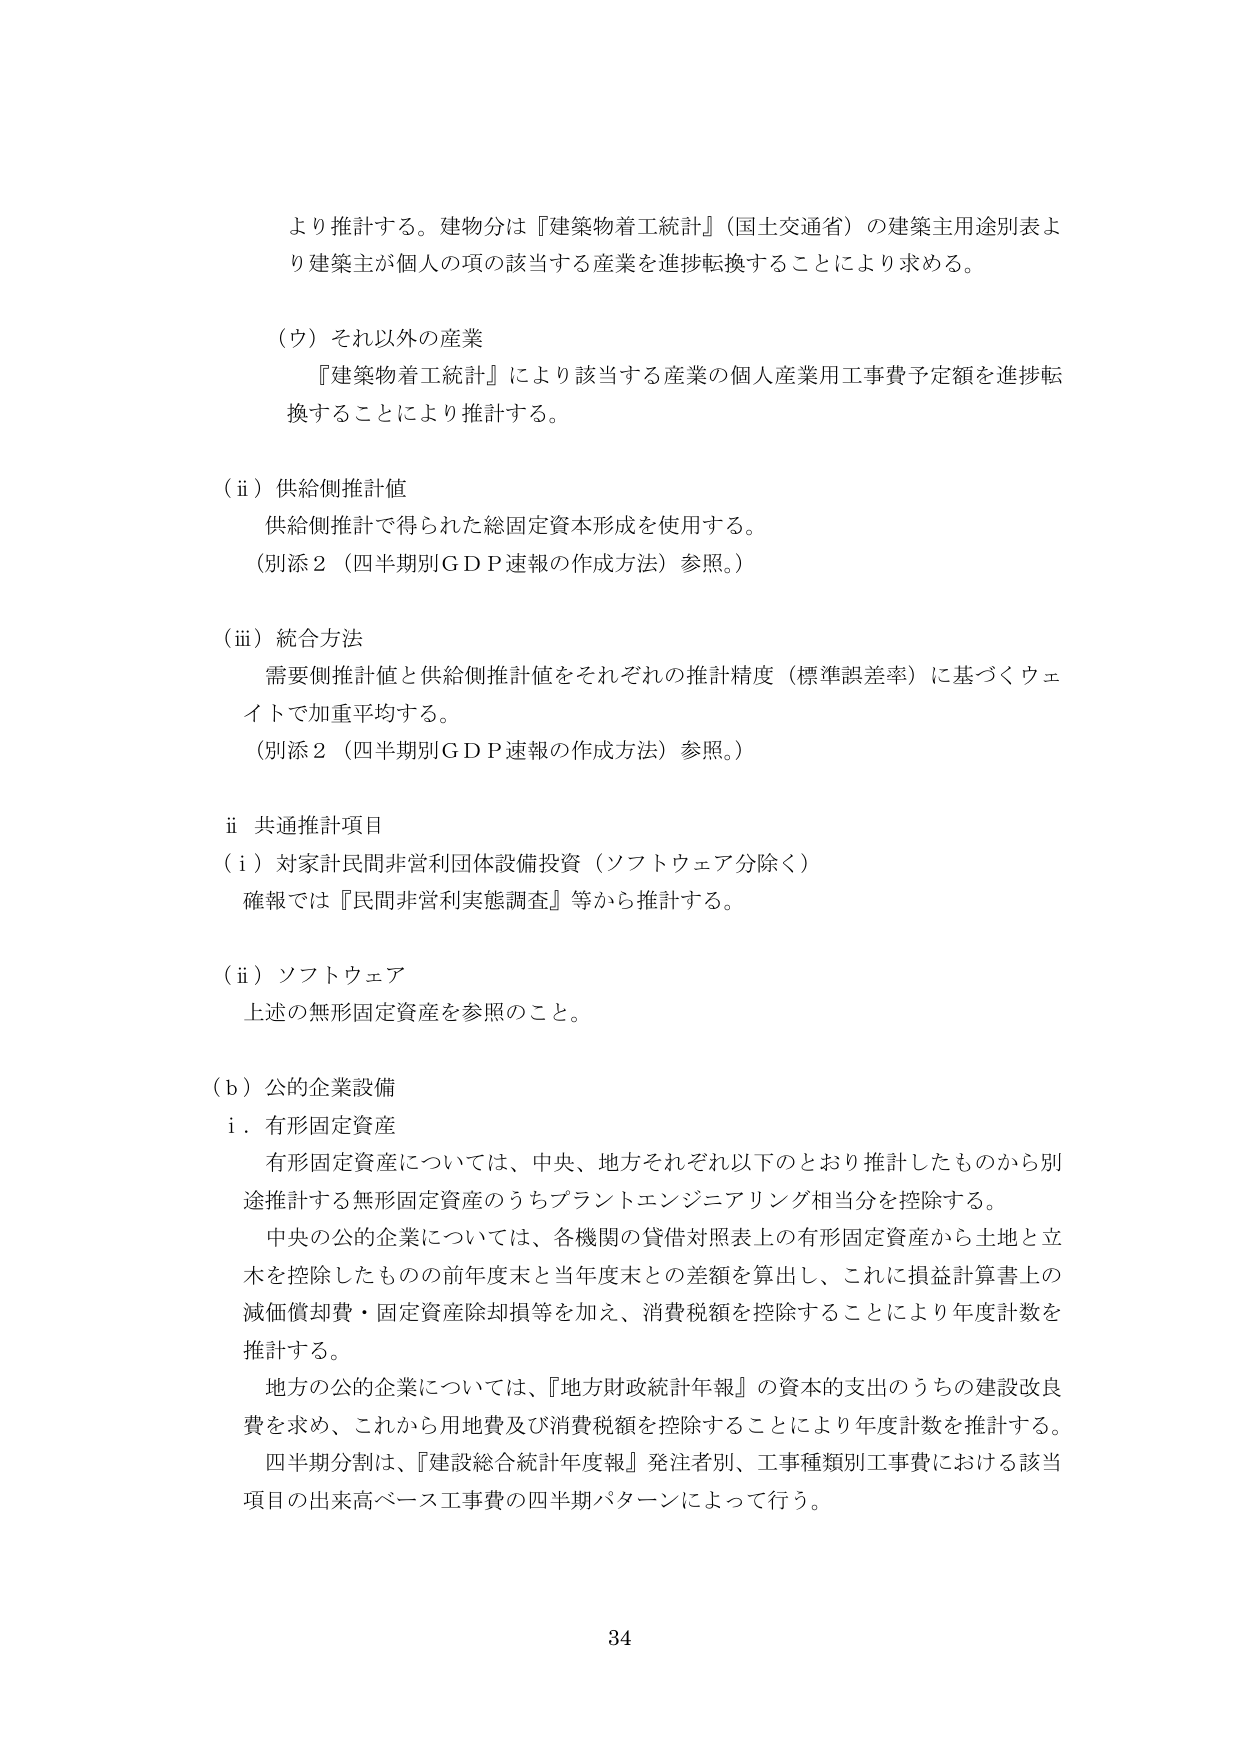
より推計する。建物分は『建築物着工統計』（国土交通省）の建築主用途別表より建築主が個人の項の該当する産業を進捗転換することにより求める。

（ウ）それ以外の産業
『建築物着工統計』により該当する産業の個人産業用工事費予定額を進捗転換することにより推計する。

（ⅱ）供給側推計値
供給側推計で得られた総固定資本形成を使用する。
（別添２（四半期別ＧＤＰ速報の作成方法）参照。）

（ⅲ）統合方法
需要側推計値と供給側推計値をそれぞれの推計精度（標準誤差率）に基づくウェイトで加重平均する。
（別添２（四半期別ＧＤＰ速報の作成方法）参照。）

ⅱ 共通推計項目
（ⅰ）対家計民間非営利団体設備投資（ソフトウェア分除く）
確報では『民間非営利実態調査』等から推計する。

（ⅱ）ソフトウェア
上述の無形固定資産を参照のこと。

（ｂ）公的企業設備
ⅰ．有形固定資産
有形固定資産については、中央、地方それぞれ以下のとおり推計したものから別途推計する無形固定資産のうちプラントエンジニアリング相当分を控除する。
中央の公的企業については、各機関の貸借対照表上の有形固定資産から土地と立木を控除したものの前年度末と当年度末との差額を算出し、これに損益計算書上の減価償却費・固定資産除却損等を加え、消費税額を控除することにより年度計数を推計する。
地方の公的企業については、『地方財政統計年報』の資本的支出のうちの建設改良費を求め、これから用地費及び消費税額を控除することにより年度計数を推計する。
四半期分割は、『建設総合統計年度報』発注者別、工事種類別工事費における該当項目の出来高ベース工事費の四半期パターンによって行う。

34